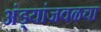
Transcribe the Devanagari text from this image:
अंड्यांजवळचा